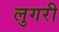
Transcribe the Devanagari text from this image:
लुगरी